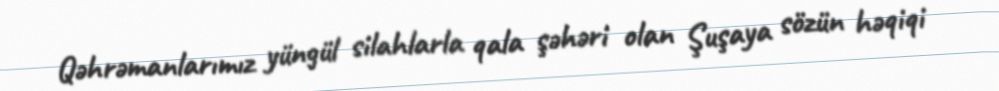
Qəhrəmanlarımız yüngül silahlarla qala şəhəri olan Şuşaya sözün həqiqi